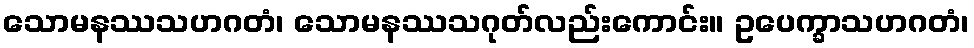
သောမနဿသဟဂတံ၊ သောမနဿသဂုတ်လည်းကောင်း။ ဥပေက္ခာသဟဂတံ၊